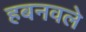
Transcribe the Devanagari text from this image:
हबनवले